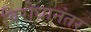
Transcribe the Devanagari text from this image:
विरोधानंतर